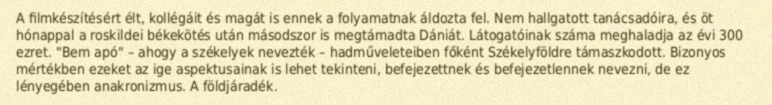
A filmkészítésért élt, kollégáit és magát is ennek a folyamatnak áldozta fel. Nem hallgatott tanácsadóira, és öt hónappal a roskildei békekötés után másodszor is megtámadta Dániát. Látogatóinak száma meghaladja az évi 300 ezret. "Bem apó" – ahogy a székelyek nevezték – hadműveleteiben főként Székelyföldre támaszkodott. Bizonyos mértékben ezeket az ige aspektusainak is lehet tekinteni, befejezettnek és befejezetlennek nevezni, de ez lényegében anakronizmus. A földjáradék.